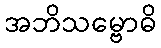
အဘိသမ္ဗောဓိ